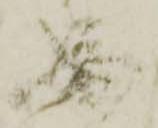
必